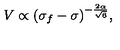
{ V \propto ( \sigma _ { f } - \sigma ) ^ { - \frac { 2 \alpha } { \sqrt { 6 } } } , }